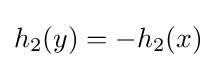
h_{2}(y)=-h_{2}(x)